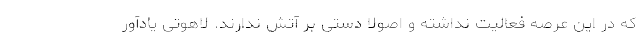
که در این عرصه فعالیت نداشته و اصولا دستی بر آتش ندارند. لاهوتی یادآور